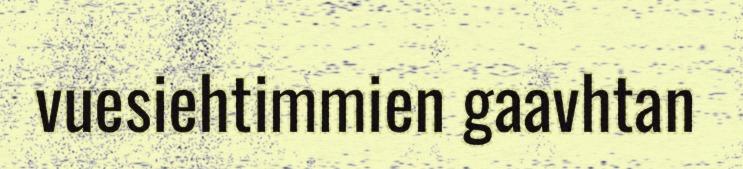
vuesiehtimmien gaavhtan